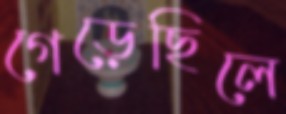
গেড়েছিলে